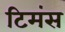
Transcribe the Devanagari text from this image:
टिमंस